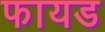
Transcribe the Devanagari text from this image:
फायड